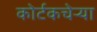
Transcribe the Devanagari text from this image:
कोर्टकचेर्‍या